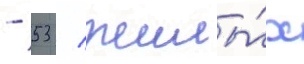
- 53 / жилы́х